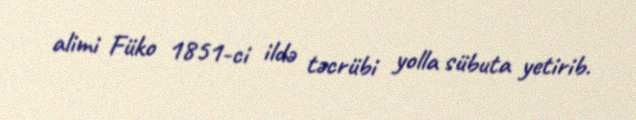
alimi Füko 1851-ci ildə təcrübi yolla sübuta yetirib.